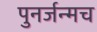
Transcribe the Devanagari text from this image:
पुनर्जन्मच